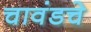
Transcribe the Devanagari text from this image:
चावंडचे